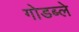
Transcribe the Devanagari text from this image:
गोडब्ले